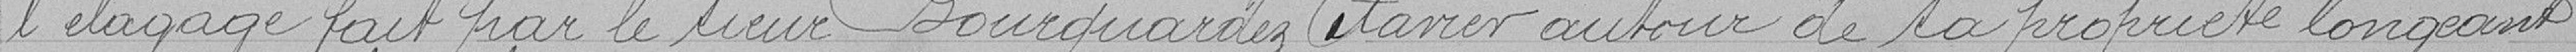
l'élagage fait par le sieur Bourquardez Xavier autour de la propriété longeant